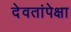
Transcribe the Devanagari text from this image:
देवतांपेक्षा